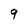
Character: 9